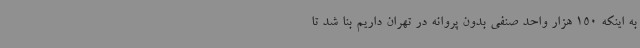
به اینکه 150 هزار واحد صنفی بدون پروانه در تهران داریم بنا شد تا